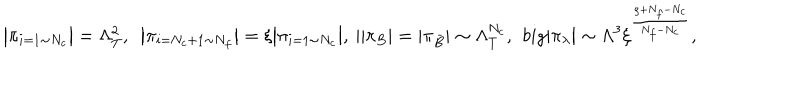
LaTeX: \big | \pi _ { i = 1 \sim N _ { c } } \big | = \Lambda _ { T } ^ { 2 } , \ \ \big | \pi _ { i = N _ { c } + 1 \sim N _ { f } } \big | = \xi \big | \pi _ { i = 1 \sim N _ { c } } \big | , \ \| \pi _ { B } | = | \pi _ { \bar { B } } | \sim \Lambda _ { T } ^ { N _ { c } } , \ \, b i g | \pi _ { \lambda } \big | \sim \Lambda ^ { 3 } \xi ^ { \frac { \rho + N _ { f } - N _ { c } } { N _ { f } - N _ { c } } } ,